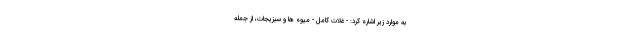
به موارد زیر اشاره کرد: - غلات کامل - میوه ها و سبزیجات، از جمله